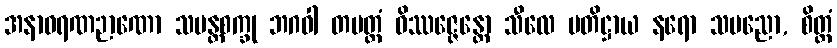
အနာဝရဏဉာဏော သမန္တစက္ခု ဘဂဝါ တမတ္ထံ ဝိဿဇ္ဇေန္တော သီလေ ပတိဋ္ဌာယ နရော သပညော, စိတ္တံ